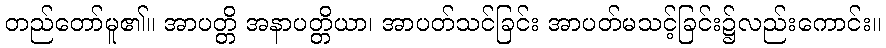
တည်တော်မူ၏။ အာပတ္တိ အနာပတ္တိယာ၊ အာပတ်သင်ခြင်း အာပတ်မသင့်ခြင်း၌လည်းကောင်း။